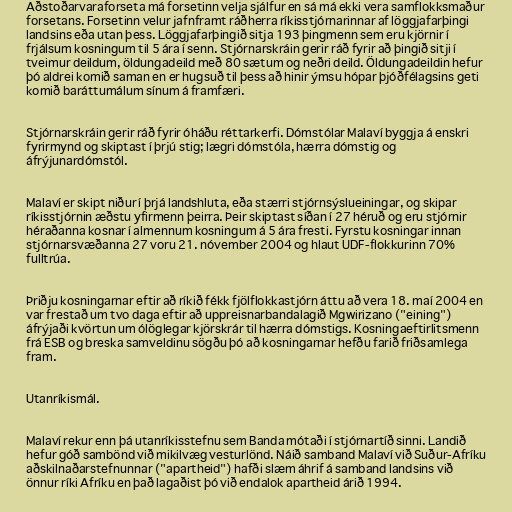
Aðstoðarvaraforseta má forsetinn velja sjálfur en sá má ekki vera samflokksmaður
forsetans. Forsetinn velur jafnframt ráðherra ríkisstjórnarinnar af löggjafarþingi
landsins eða utan þess. Löggjafarþingið sitja 193 þingmenn sem eru kjörnir í
frjálsum kosningum til 5 ára í senn. Stjórnarskráin gerir ráð fyrir að þingið sitji í
tveimur deildum, öldungadeild með 80 sætum og neðri deild. Öldungadeildin hefur
þó aldrei komið saman en er hugsuð til þess að hinir ýmsu hópar þjóðfélagsins geti
komið baráttumálum sínum á framfæri.

Stjórnarskráin gerir ráð fyrir óháðu réttarkerfi. Dómstólar Malaví byggja á enskri
fyrirmynd og skiptast í þrjú stig; lægri dómstóla, hærra dómstig og
áfrýjunardómstól.

Malaví er skipt niður í þrjá landshluta, eða stærri stjórnsýslueiningar, og skipar
ríkisstjórnin æðstu yfirmenn þeirra. Þeir skiptast síðan í 27 héruð og eru stjórnir
héraðanna kosnar í almennum kosningum á 5 ára fresti. Fyrstu kosningar innan
stjórnarsvæðanna 27 voru 21. nóvember 2004 og hlaut UDF-flokkurinn 70%
fulltrúa.

Þriðju kosningarnar eftir að ríkið fékk fjölflokkastjórn áttu að vera 18. maí 2004 en
var frestað um tvo daga eftir að uppreisnarbandalagið Mgwirizano ("eining")
áfrýjaði kvörtun um ólöglegar kjörskrár til hærra dómstigs. Kosningaeftirlitsmenn
frá ESB og breska samveldinu sögðu þó að kosningarnar hefðu farið friðsamlega
fram.

Utanríkismál.

Malaví rekur enn þá utanríkisstefnu sem Banda mótaði í stjórnartíð sinni. Landið
hefur góð sambönd við mikilvæg vesturlönd. Náið samband Malaví við Suður-Afríku
aðskilnaðarstefnunnar ("apartheid") hafði slæm áhrif á samband landsins við
önnur ríki Afríku en það lagaðist þó við endalok apartheid árið 1994.